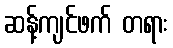
ဆန့်ကျင်ဖက် တရား